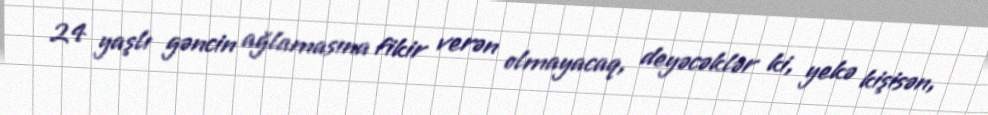
24 yaşlı gəncin ağlamasına fikir verən olmayacaq, deyəcəklər ki, yekə kişisən,